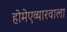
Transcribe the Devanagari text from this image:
होमेएव्‍यारवाला